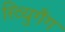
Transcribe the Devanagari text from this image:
रिव्युगैंग